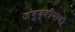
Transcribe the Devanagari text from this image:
जंबुद्वीपाची